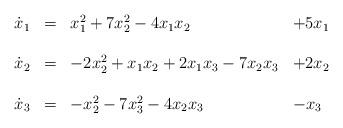
LaTeX: \begin{align*}\begin{array}{ccll} \dot{x}_1 & = & x_1^2 +7x_2^2 - 4x_1x_2 & + 5x_1 \\ & & & \\\dot{x}_2 & = & -2x_2^2+x_1x_2 + 2x_1 x_3 - 7 x_2x_3 & + 2x_2 \\ & & & \\\dot{x}_3 & = & -x_2^2-7x_3^2 - 4x_2x_3 & - x_3\end{array}\end{align*}